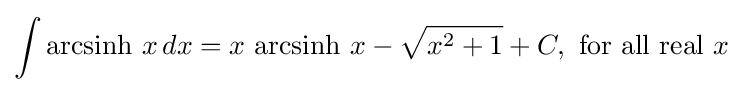
\int \operatorname {arcsinh} \,x\,dx=x\,\operatorname {arcsinh} \,x-{\sqrt {x^{2}+1}}+C,{\text{ for all real }}x